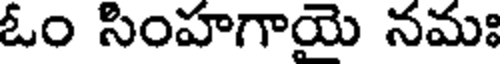
ఓం సింహగాయె నమః